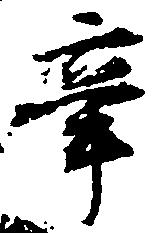
辛